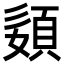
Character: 𡡓